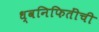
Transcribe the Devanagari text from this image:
ध्वनिफितींची